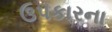
ઉપકારના